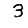
Digit: 3